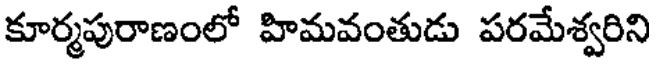
కూర్మపురాణంలో హిమవంతుడు పరమేశ్వరిని